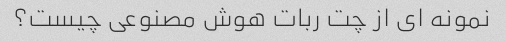
نمونه ای از چت ربات هوش مصنوعی چیست؟